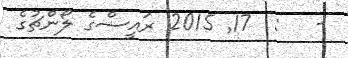
-   :  17